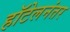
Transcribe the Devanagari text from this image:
हॉटेलनंतर